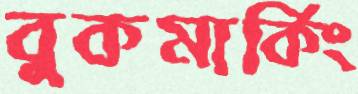
বুকমার্কিং